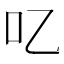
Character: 𠮙